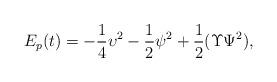
LaTeX: \begin{align*} E_{p}(t)=- \frac{1}{4}\upsilon^2-\frac12 \psi^2+ \frac{1}{ 2}(\Upsilon \Psi^2 ),\end{align*}